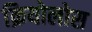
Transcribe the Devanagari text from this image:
क्रियोलोस